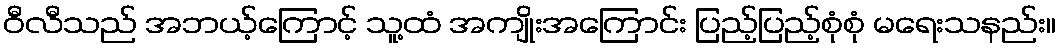
ဝီလီသည် အဘယ့်ကြောင့် သူ့ထံ အကျိုးအကြောင်း ပြည့်ပြည့်စုံစုံ မရေးသနည်း။